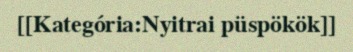
[[Kategória:Nyitrai püspökök]]